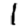
Digit: 1